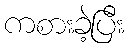
ကစားခဲ့ပြီး